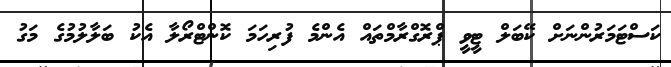
ކަސްޓަމަރުންނަށް ކޭބަލް ޓީވީ ޕްރޮގްރާމްތައް އެންމެ ފުރިހަމަ ކޮންޓްރޯލާ އެކު ބަލާލުމުގެ މަގު